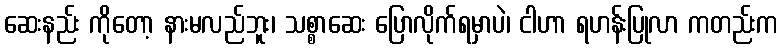
ဆေးနည်း ကိုတော့ နားမလည်ဘူး၊ သစ္စာဆေး ပြောလိုက်ရမှာပဲ၊ ငါဟာ ရဟန်းပြုလာ ကတည်းက